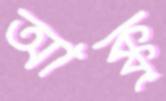
আক্কু